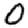
Digit: 0